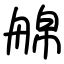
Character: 艊